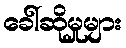
ခေါ်ဆိုမှုများ